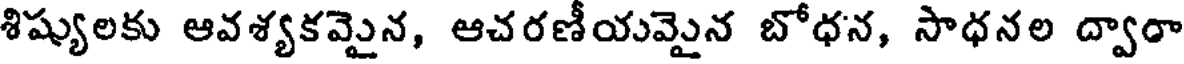
శిష్యులకు ఆవశ్యకమైన, ఆచరణీయమైన బోధన, సాధనల ద్వారా